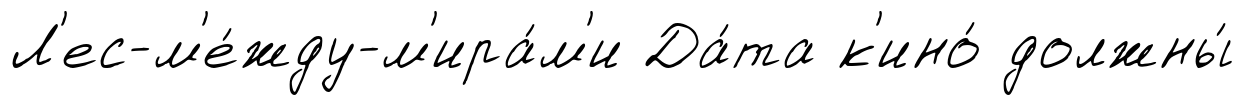
Л'ес-м'е́жду-м'ира́м'и Да́та к'ино́ должны́